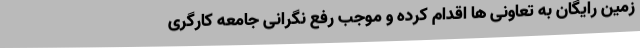
زمین رایگان به تعاونی ها اقدام کرده و موجب رفع نگرانی جامعه کارگری